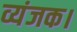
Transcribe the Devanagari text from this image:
व्यंजक।